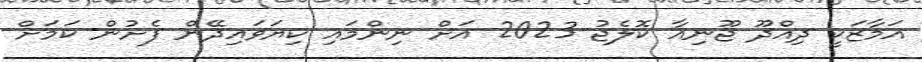
އަމާޒަކީ ދިއްދޫ ޖޫނިއާ ކޮލެޖު 2023 އަށް ނިންމައި ކިޔަވައިދޭން ފެށުން ކަމަށް